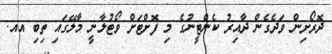
ދޮރޯށިން ވަދެގެން ދާއިރު ކެންޓީނުގެ މި ފޮށްޓަށް ވޯޓުލާނީ މާލޭގައި ތިބި އއ.